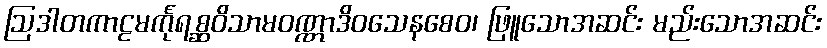
ဩဒါတကာဠမင်္ကုရစ္ဆဝိသာမဝဏ္ဏာဒိဝသေနစေဝ၊ ဖြူသောအဆင်း မည်းသောအဆင်း